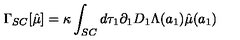
\Gamma _ { S C } [ \hat { \mu } ] = \kappa \int _ { S C } d \tau _ { 1 } \partial _ { 1 } D _ { 1 } \Lambda ( a _ { 1 } ) \hat { \mu } ( a _ { 1 } )